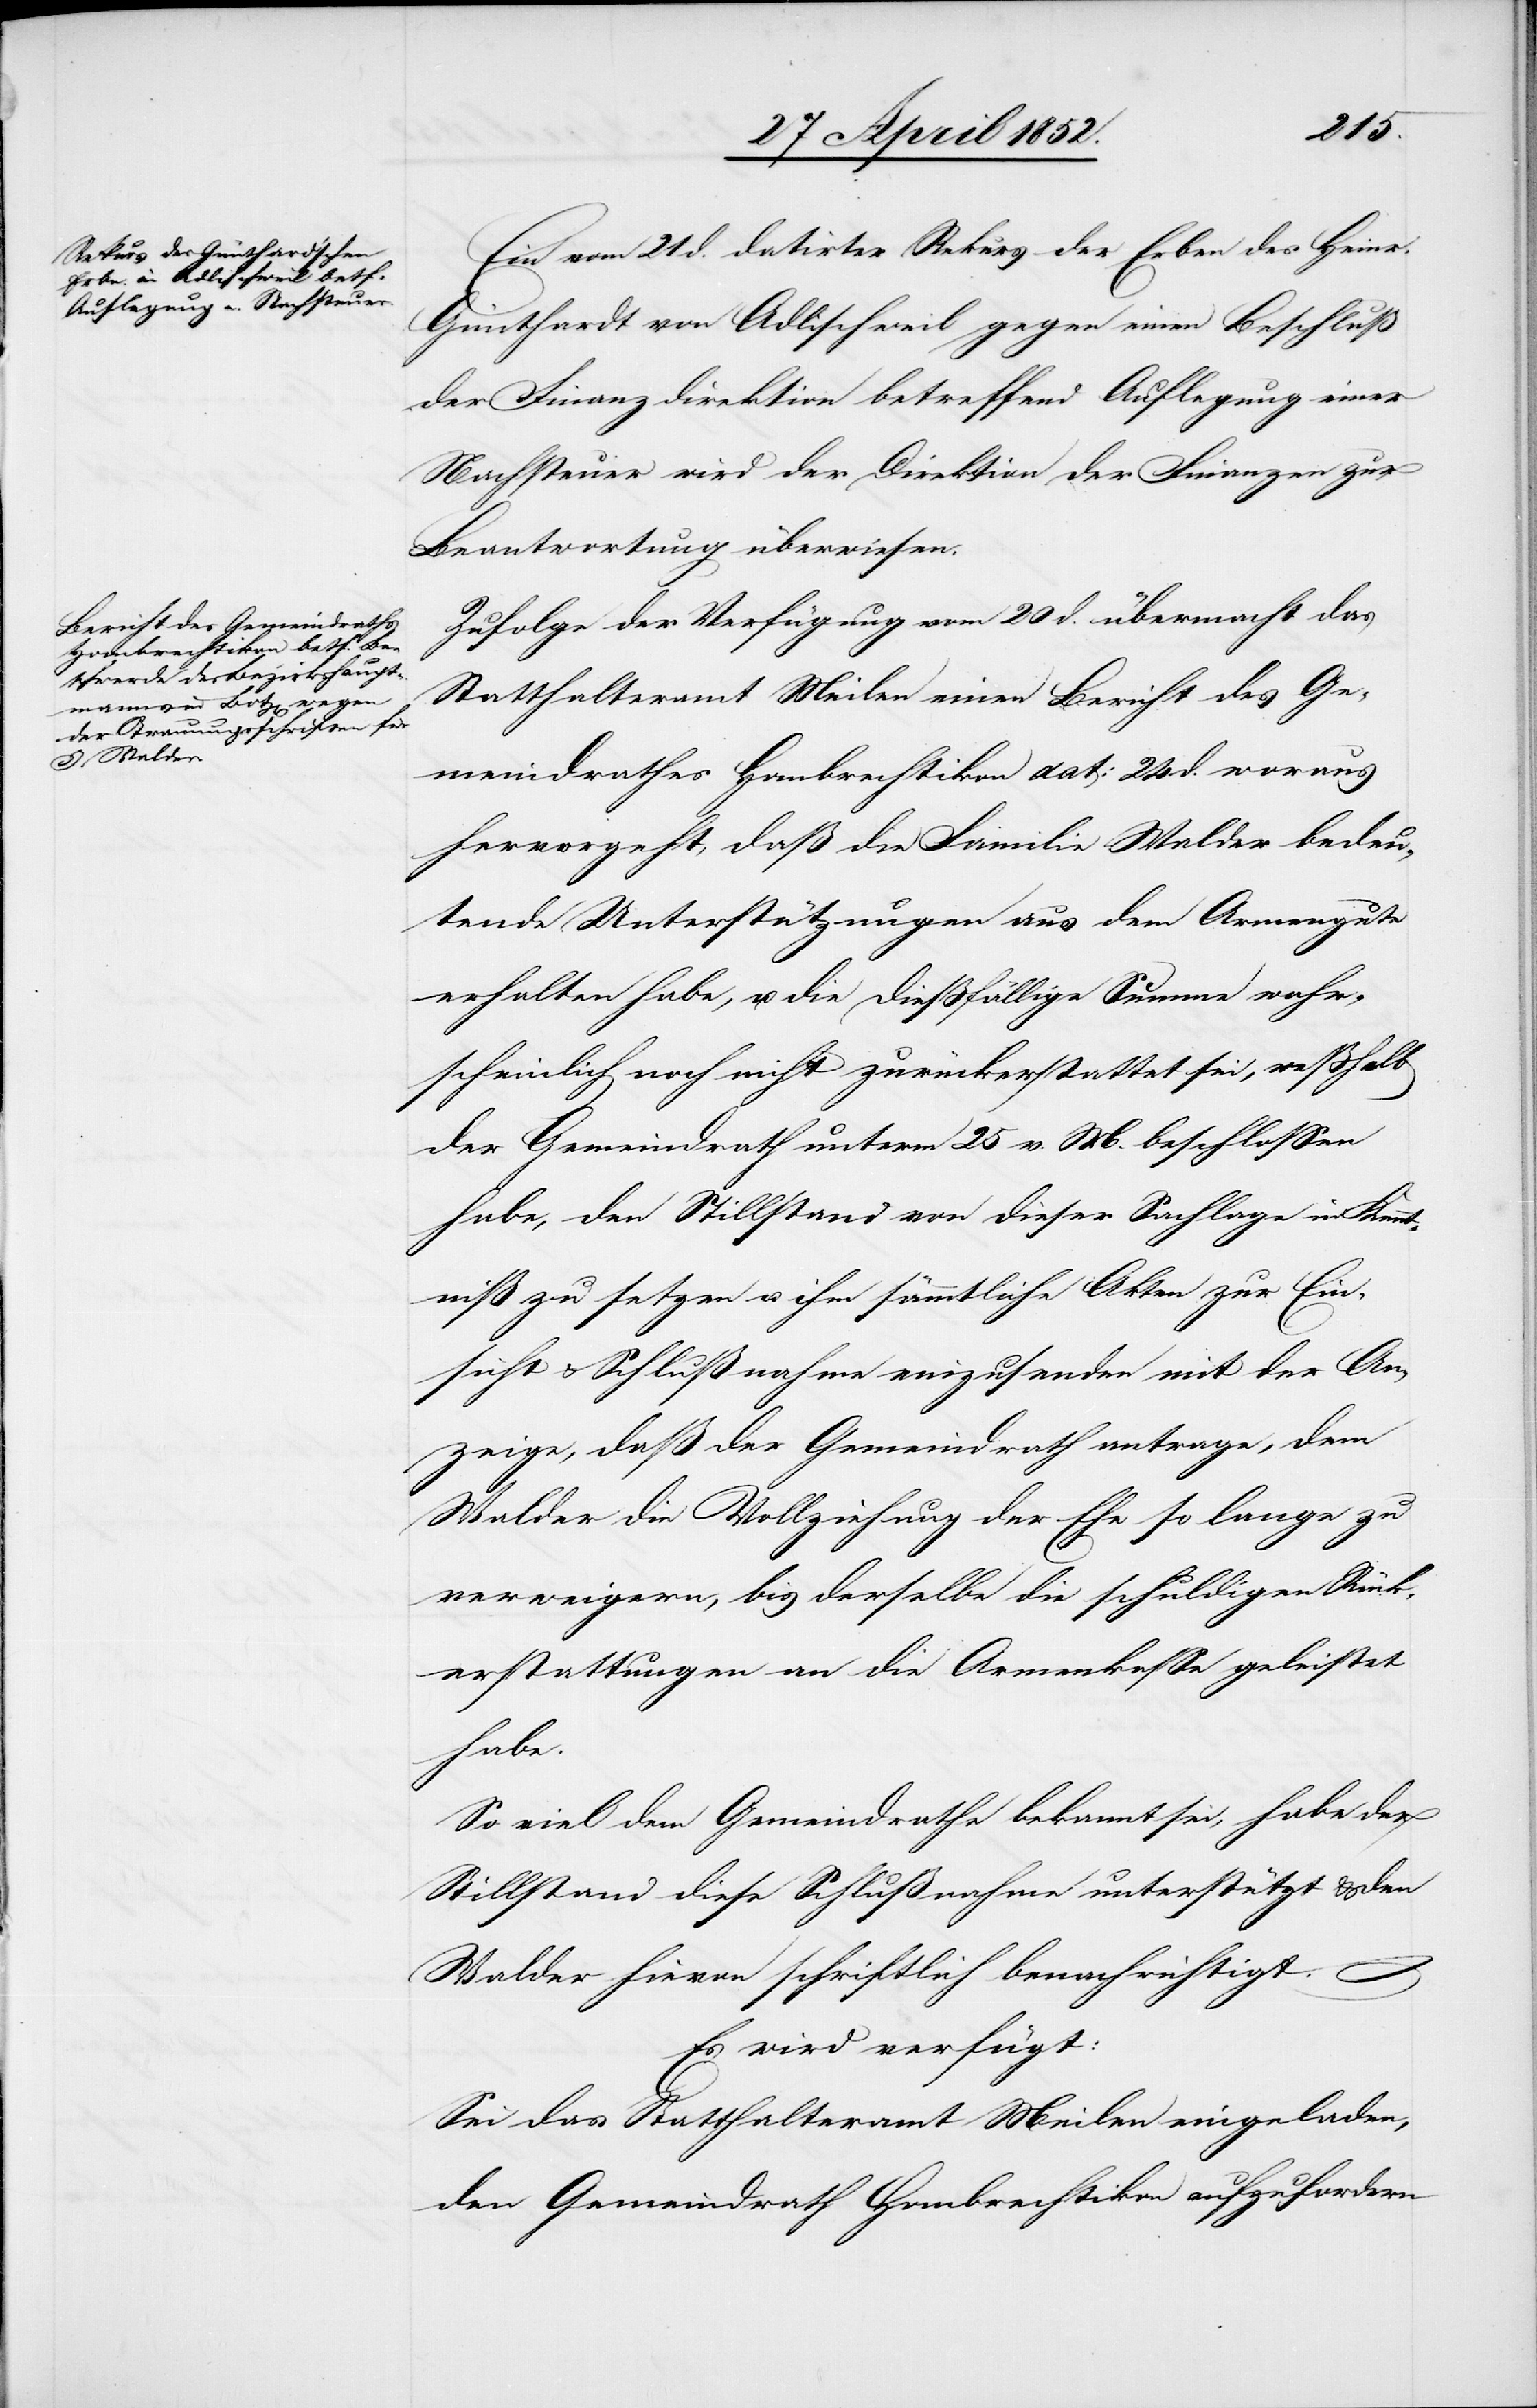
den
28 April 1852.]
Ein vom 21 d. datirter Rekurs der Erben des Heinr.
Günthardt von Adlischweil gegen einen Beschluß
der Finanzdirektion betreffend Auflegung einer
Nachsteuer wird der Direktion der Finanzen zur
Beantwortung überwiesen.
Zufolge der Verfügung vom 20 d. übermacht das
Statthalteramt Meilen einen Bericht des Ge¬
meindrathes Hombrechtikon dat: 24 d. woraus
hervorgeht, daß die Familie Walder bedeu¬
tende Unterstützungen aus dem Armengute
erhalten habe, u. die diessfällige Summe wahr¬
scheinlich noch nicht zurückerstattet sei, wesshalb
der Gemeindrath unterm 25 v. M. beschlossen
habe, den Stillstand von dieser Sachlage in Kennt¬
niß zu setzen u. ihm sämmtliche Akten zur Ein¬
sicht & Schlußnahme einzusenden mit der An¬
zeige, daß der Gemeindrath antrage, dem
Walder die Vollziehung der Ehe so lange zu
verweigern, bis derselbe die schuldigen Rück¬
erstattungen an die Armenkasse geleistet
habe.
So viel dem Gemeindrathe bekannt sei, habe der
Stillstand diese Schlußnahme unterstützt & den
Walder hievon schriftlich benachrichtigt.
Es wird verfügt:
Sei das Statthalteramt Meilen eingeladen,
den Gemeindrath Hombrechtikon aufzufordern